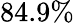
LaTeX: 84.9\%